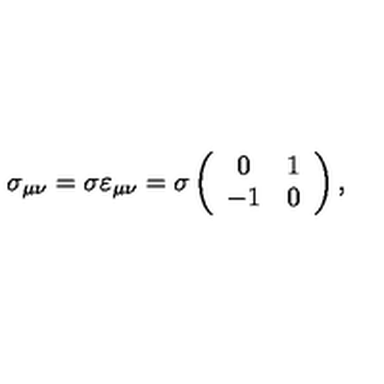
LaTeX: \sigma _ { \mu \nu } = \sigma \varepsilon _ { \mu \nu } = \sigma \left( \begin{array} { c c } { 0 } & { 1 } \\ { - 1 } & { 0 } \\ \end{array} \right) ,